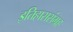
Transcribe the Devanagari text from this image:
इतिहाससंग्रह